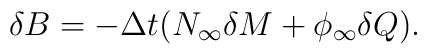
\delta B=-\Delta t(N_{\infty }\delta M+\phi _{\infty }\delta Q).